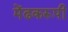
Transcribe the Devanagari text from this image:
मेंढकरूपी